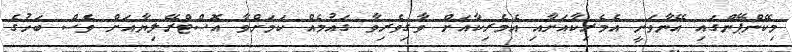
މިކޭންޕޭންގައި އޭނާވަނީ އެމެރިކާއަށާއި އެމެރިކާއަށް ވާގިވެރިވާ ގައުމެއް ކަމަށްވާ އޮސްޓްރޭލިޔާއަށް ވެސް ބަހުގެ